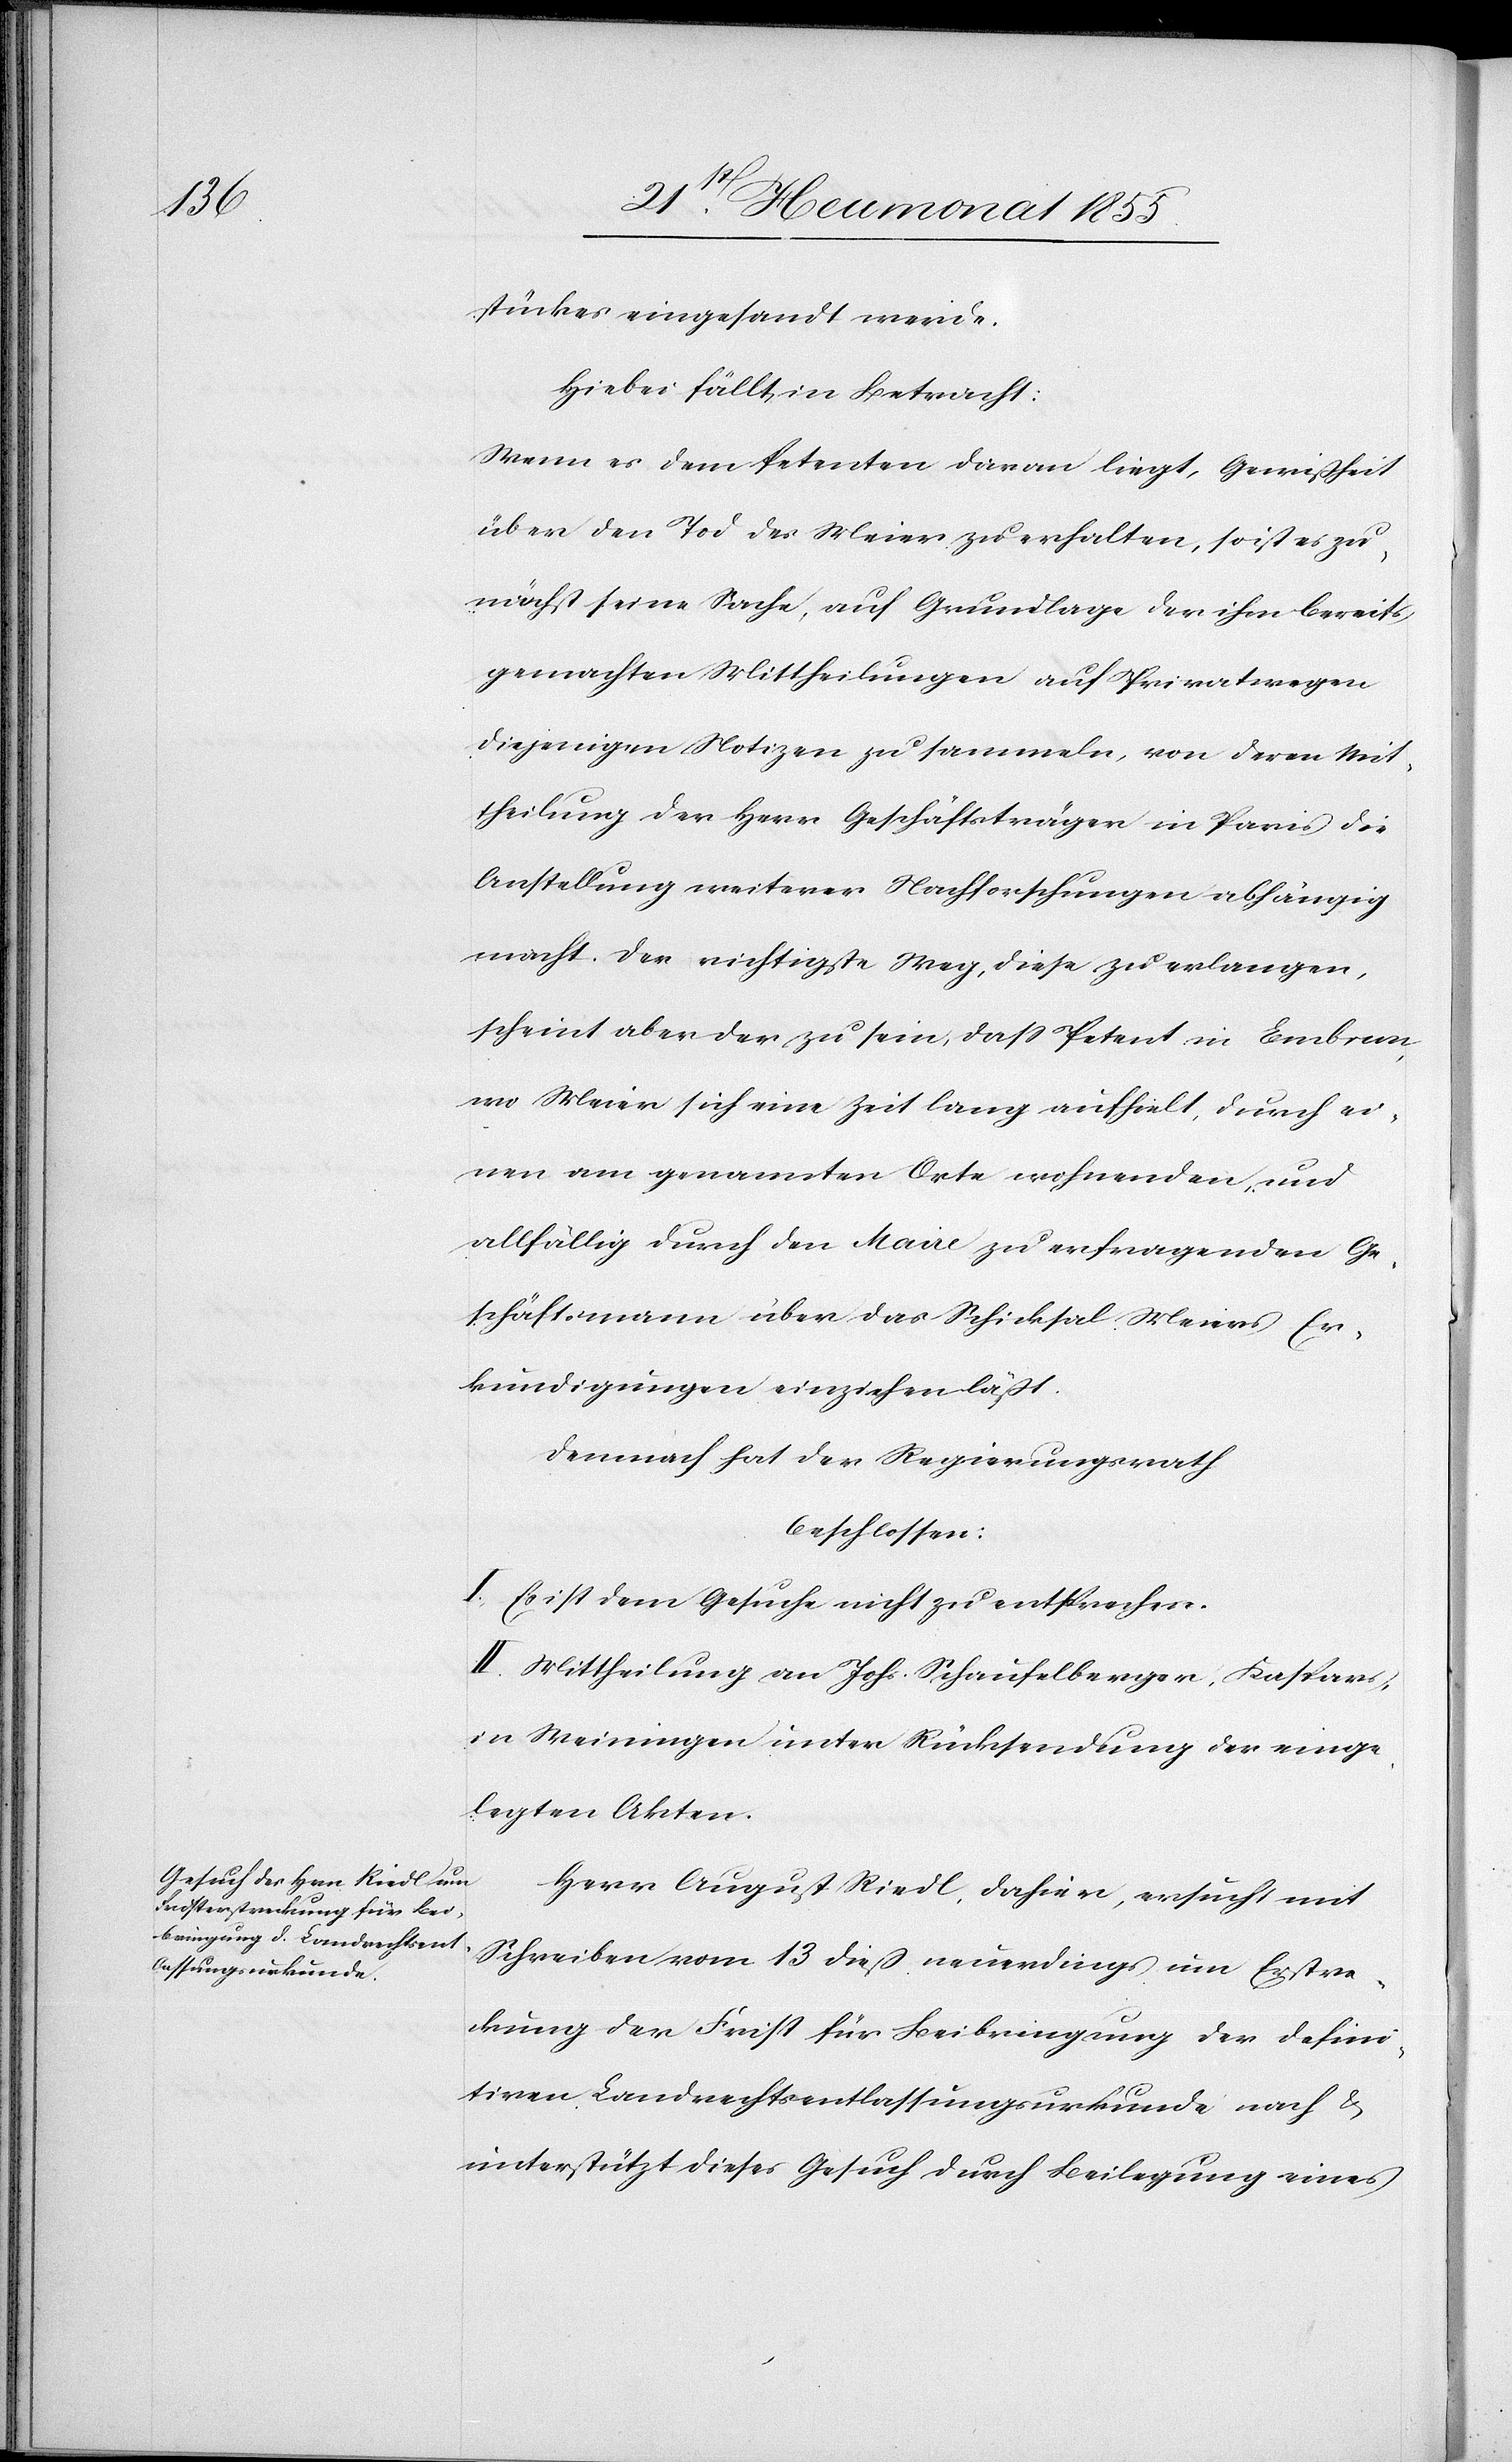
stückes eingesandt werde.
Hiebei fällt in Betracht:
Wenn es dem Petenten daran liegt, Gewißheit
über den Tod des Meier zu erhalten, so ist es zu¬
nächst seine Sache, auf Grundlage der ihm bereits
gemachten Mittheilungen auf Privatwegen
diejenigen Notizen zu sammeln, von deren Mit¬
theilung der Herr Geschäftsträger in Paris die
Anstellung weiterer Nachforschungen abhängig
macht. Der richtigste Weg, diese zu erlangen,
scheint aber der zu sein, dass Petent in Embrun,
wo Meier sich eine Zeit lang aufhielt, durch ei¬
nen am genannten Orte wohnenden, und
allfällig durch den Maire zu erfragenden Ge¬
schäftsmann über das Schicksal Meiers Er¬
kundigungen einziehen läßt.
Demnach hat der Regierungsrath
beschlossen:
I. Es ist dem Gesuche nicht zu entsprechen.
II. Mittheilung an Johs. Schaufelberger, Kaspars,
in Weiningen unter Rücksendung der einge¬
legten Akten.
Herr August Riedl, dahier, ersucht mit
Schreiben vom 13 dieß neuerdings um Erstre¬
ckung der Frist für Beibringung der defini¬
tiven Landrechtsentlassungsurkunde nach &
unterstützt dieses Gesuch durch Beilegung eines